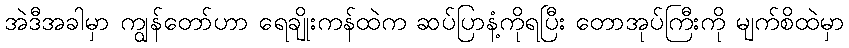
အဲဒီအခါမှာ ကျွန်တော်ဟာ ရေချိုးကန်ထဲက ဆပ်ပြာနံ့ကိုရပြီး တောအုပ်ကြီးကို မျက်စိထဲမှာ